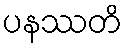
ပနဿတိ